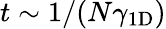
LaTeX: t\sim 1/(N\gamma_{\mathrm{1D}})